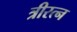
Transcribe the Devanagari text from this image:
त्रीरत्न